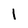
Character: 1